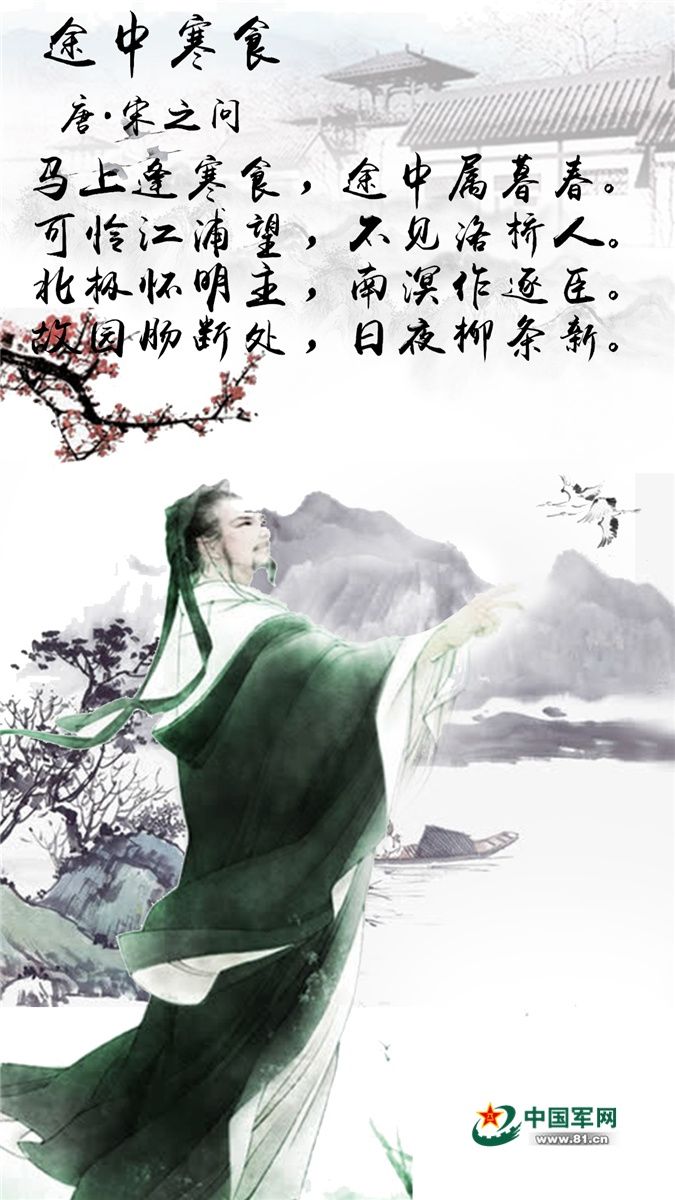
马上逢寒食，愁中属暮春。